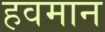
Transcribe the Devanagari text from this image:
हवमान